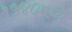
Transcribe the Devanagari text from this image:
१५४०मध्ये